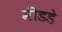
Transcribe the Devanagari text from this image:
मीडडे